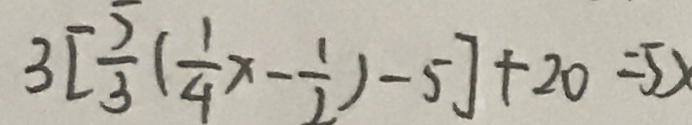
3 [ \frac { 5 } { 3 } ( \frac { 1 } { 4 } x - \frac { 1 } { 2 } ) - 5 ] + 2 0 = 5 x